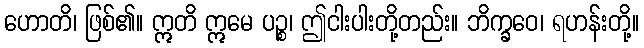
ဟောတိ၊ ဖြစ်၏။ ဣတိ ဣမေ ပဉ္စ၊ ဤငါးပါးတို့တည်း။ ဘိက္ခဝေ၊ ရဟန်းတို့။